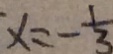
x = - \frac { 1 } { 3 }